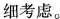
细考虑。